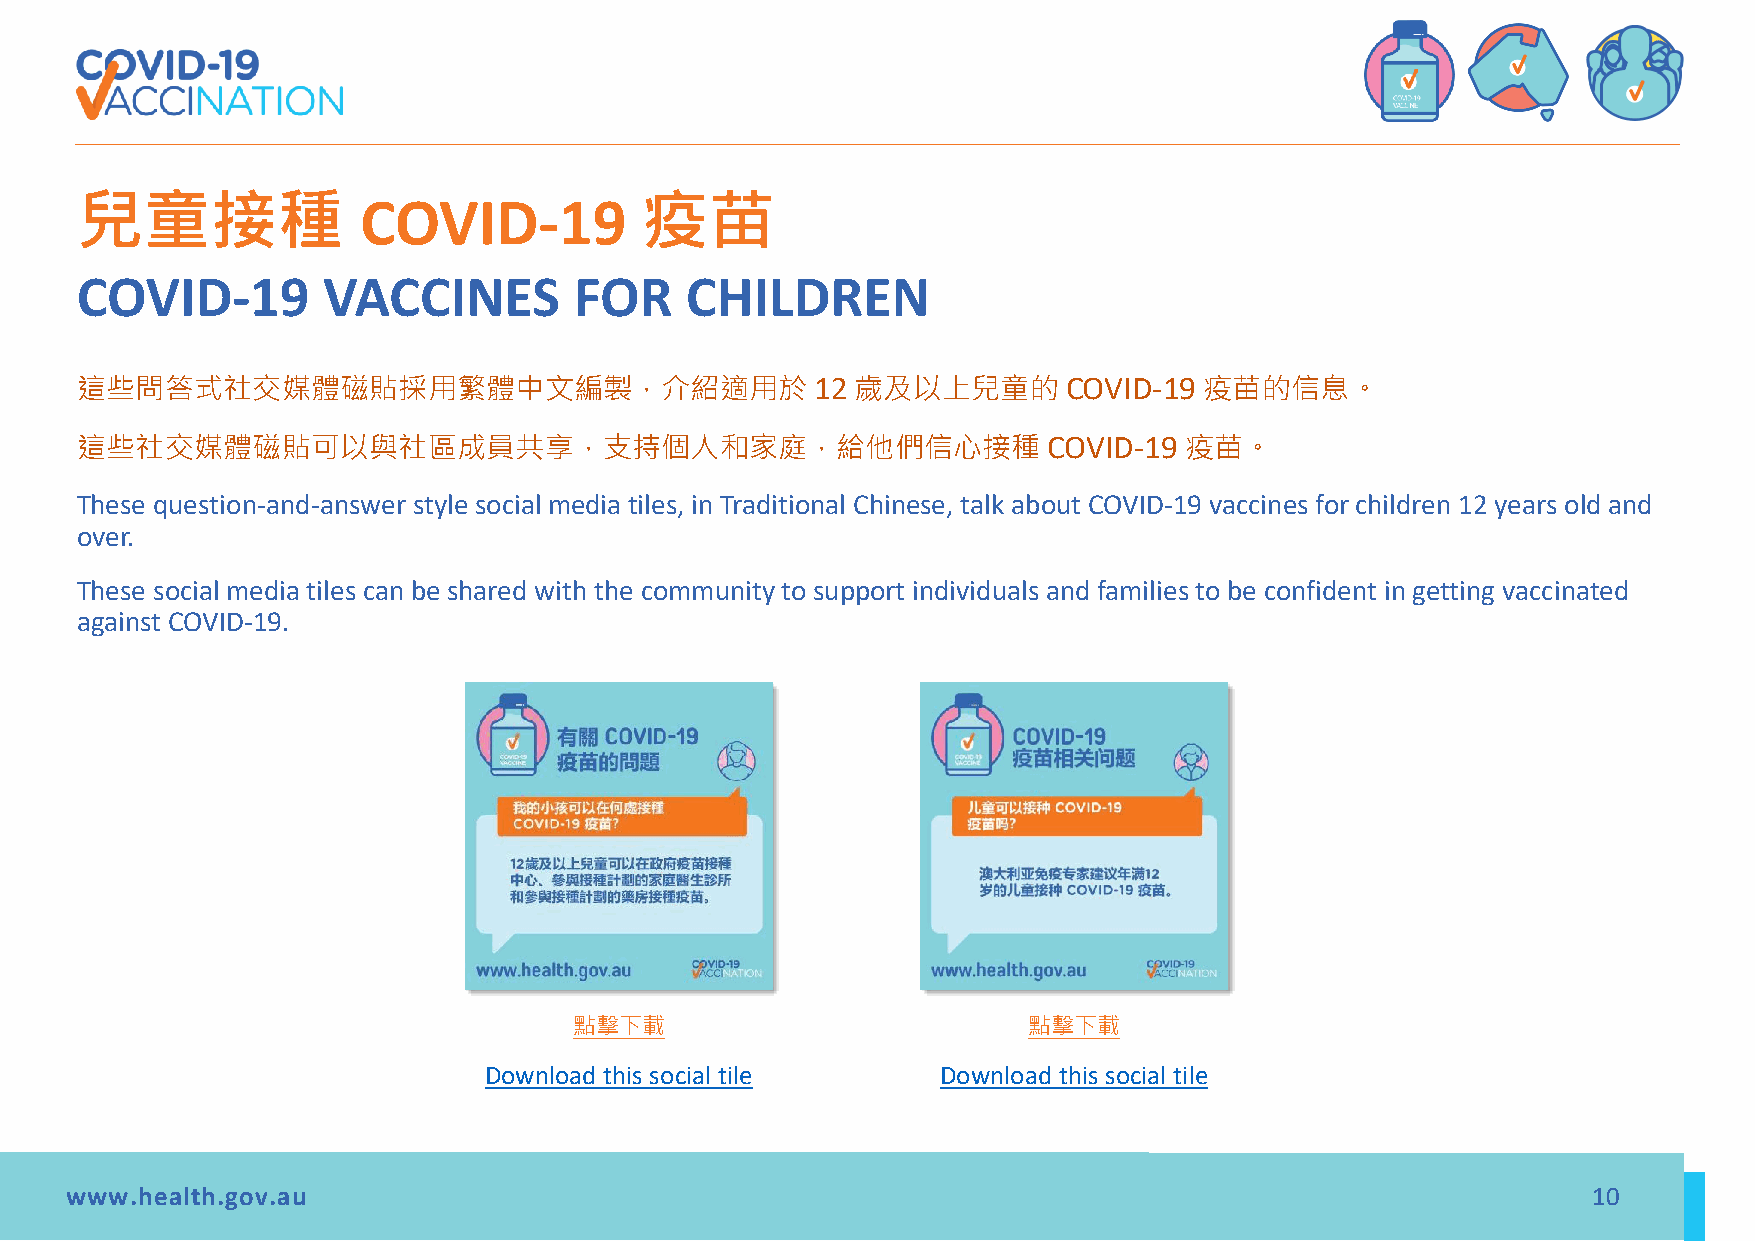
兒童接種                                 疫苗
 COVID-19
 COVID-19        VACCINES         FOR    CHILDREN
 這些問答式社交媒體磁貼採用繁體中文編製，介紹適用於                        12 歲及以上兒童的       COVID-19 疫苗的信息。
 這些社交媒體磁貼可以與社區成員共享，支持個人和家庭，給他們信心接種                               COVID-19 疫苗。
 These question-and-answer style social media tiles, in Traditional Chinese, talk about COVID-19 vaccines for children 12 years old and
 over.
 These social media tiles can be shared with the community to support individuals and families to be confident in getting vaccinated
 against COVID-19.
 點擊下載                          點擊下載
 Download this social tile     Download this social tile
 www.health.gov.au                                                                                    10